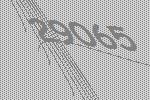
29065